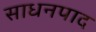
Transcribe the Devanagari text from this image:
साधनपाद